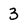
Character: 3